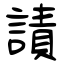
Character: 謮